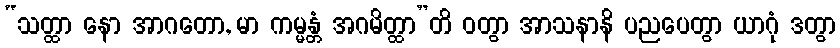
“သတ္ထာ နော အာဂတော, မာ ကမ္မန္တံ အဂမိတ္ထာ”တိ ဝတွာ အာသနာနိ ပညပေတွာ ယာဂုံ ဒတွာ